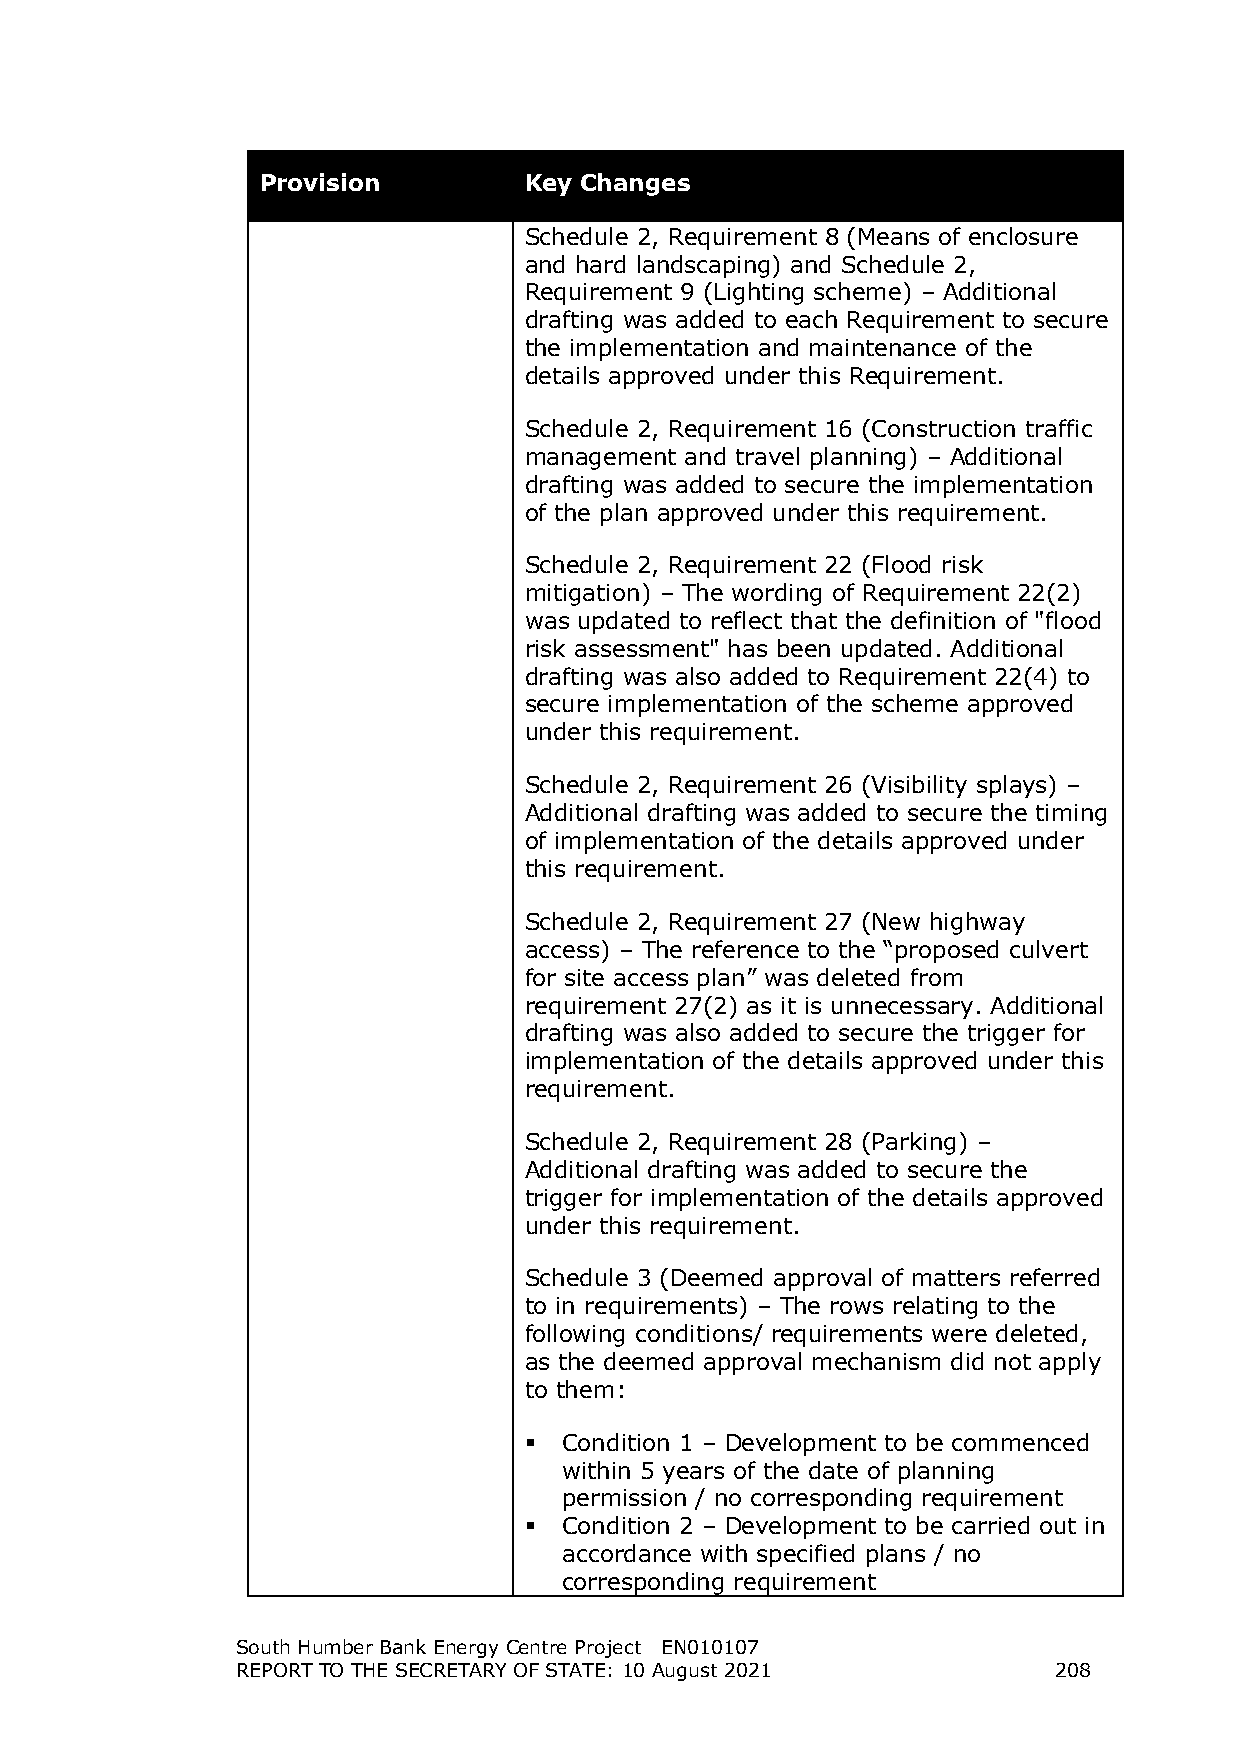
Provision         Key Changes
 Schedule 2, Requirement 8 (Means of enclosure
 and hard landscaping) and Schedule 2,
 Requirement 9 (Lighting scheme) – Additional
 drafting was added to each Requirement to secure
 the implementation and maintenance of the
 details approved under this Requirement.
 Schedule 2, Requirement 16 (Construction traffic
 management and travel planning) – Additional
 drafting was added to secure the implementation
 of the plan approved under this requirement.
 Schedule 2, Requirement 22 (Flood risk
 mitigation) – The wording of Requirement 22(2)
 was updated to reflect that the definition of "flood
 risk assessment" has been updated. Additional
 drafting was also added to Requirement 22(4) to
 secure implementation of the scheme approved
 under this requirement.
 Schedule 2, Requirement 26 (Visibility splays) –
 Additional drafting was added to secure the timing
 of implementation of the details approved under
 this requirement.
 Schedule 2, Requirement 27 (New highway
 access) – The reference to the “proposed culvert
 for site access plan” was deleted from
 requirement 27(2) as it is unnecessary. Additional
 drafting was also added to secure the trigger for
 implementation of the details approved under this
 requirement.
 Schedule 2, Requirement 28 (Parking) –
 Additional drafting was added to secure the
 trigger for implementation of the details approved
 under this requirement.
 Schedule 3 (Deemed approval of matters referred
 to in requirements) – The rows relating to the
 following conditions/ requirements were deleted,
 as the deemed approval mechanism did not apply
 to them:
  Condition 1 – Development to be commenced
 within 5 years of the date of planning
 permission / no corresponding requirement
  Condition 2 – Development to be carried out in
 accordance with specified plans / no
 corresponding requirement
 South Humber Bank Energy Centre Project EN010107
 REPORT TO THE SECRETARY OF STATE: 10 August 2021      208